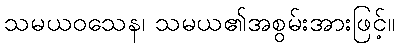
သမယဝသေန၊ သမယ၏အစွမ်းအားဖြင့်။